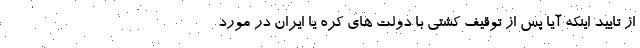
از تایید اینکه آیا پس از توقیف کشتی با دولت های کره یا ایران در مورد